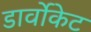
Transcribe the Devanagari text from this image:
डार्वोकेट